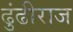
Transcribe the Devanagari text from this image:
ढुंढीराज